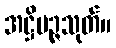
အဋ္ဌိပဉ္ဇသုတ်။